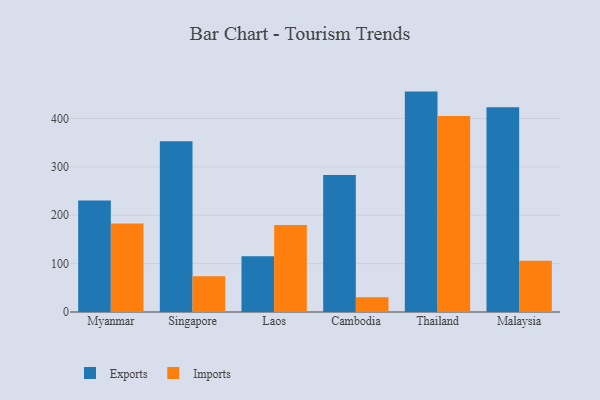
{"axis": {"x": "Country", "y": "Budget (USD K)"}, "legend": ["Exports", "Imports"], "data": [{"x": "Myanmar", "y": 230.6, "type": "Exports"}, {"x": "Myanmar", "y": 183.1, "type": "Imports"}, {"x": "Singapore", "y": 352.8, "type": "Exports"}, {"x": "Singapore", "y": 74.1, "type": "Imports"}, {"x": "Laos", "y": 115.4, "type": "Exports"}, {"x": "Laos", "y": 179.9, "type": "Imports"}, {"x": "Cambodia", "y": 283.4, "type": "Exports"}, {"x": "Cambodia", "y": 30.6, "type": "Imports"}, {"x": "Thailand", "y": 455.6, "type": "Exports"}, {"x": "Thailand", "y": 405.4, "type": "Imports"}, {"x": "Malaysia", "y": 423.0, "type": "Exports"}, {"x": "Malaysia", "y": 106.0, "type": "Imports"}]}